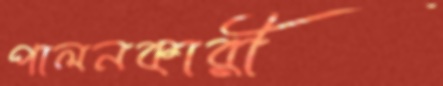
পালনকারী